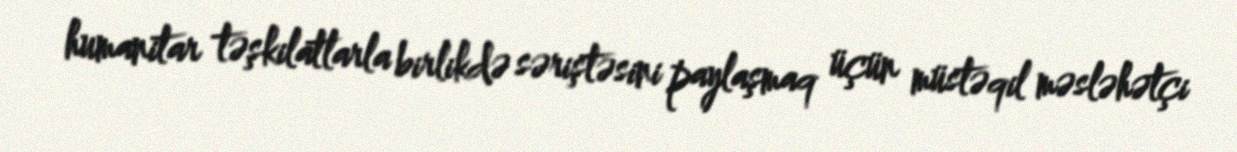
humanitar təşkilatlarla birlikdə səriştəsini paylaşmaq üçün müstəqil məsləhətçi